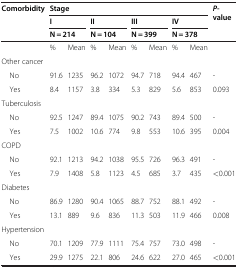
<table><thead><tr><td rowspan="3"><b>Comorbidity</b></td><td colspan="8"><b>Stage</b></td><td rowspan="3"><b><i>P</i>-value</b></td></tr><tr><td colspan="2"><b>I</b></td><td colspan="2"><b>II</b></td><td colspan="2"><b>III</b></td><td colspan="2"><b>IV</b></td></tr><tr><td colspan="2"><b>N = 214</b></td><td colspan="2"><b>N = 104</b></td><td colspan="2"><b>N = 399</b></td><td colspan="2"><b>N = 378</b></td></tr></thead><tbody><tr><td> </td><td>%</td><td>Mean</td><td>%</td><td>Mean</td><td>%</td><td>Mean</td><td>%</td><td>Mean</td><td> </td></tr><tr><td>Other cancer</td><td> </td><td> </td><td> </td><td> </td><td> </td><td> </td><td> </td><td> </td><td> </td></tr><tr><td> No</td><td>91.6</td><td>1235</td><td>96.2</td><td>1072</td><td>94.7</td><td>718</td><td>94.4</td><td>467</td><td>-</td></tr><tr><td> Yes</td><td>8.4</td><td>1157</td><td>3.8</td><td>334</td><td>5.3</td><td>829</td><td>5.6</td><td>853</td><td>0.093</td></tr><tr><td>Tuberculosis</td><td> </td><td> </td><td> </td><td> </td><td> </td><td> </td><td> </td><td> </td><td> </td></tr><tr><td> No</td><td>92.5</td><td>1247</td><td>89.4</td><td>1075</td><td>90.2</td><td>743</td><td>89.4</td><td>500</td><td>-</td></tr><tr><td> Yes</td><td>7.5</td><td>1002</td><td>10.6</td><td>774</td><td>9.8</td><td>553</td><td>10.6</td><td>395</td><td>0.004</td></tr><tr><td>COPD</td><td> </td><td> </td><td> </td><td> </td><td> </td><td> </td><td> </td><td> </td><td> </td></tr><tr><td> No</td><td>92.1</td><td>1213</td><td>94.2</td><td>1038</td><td>95.5</td><td>726</td><td>96.3</td><td>491</td><td>-</td></tr><tr><td> Yes</td><td>7.9</td><td>1408</td><td>5.8</td><td>1123</td><td>4.5</td><td>685</td><td>3.7</td><td>435</td><td>&lt;0.001</td></tr><tr><td>Diabetes</td><td> </td><td> </td><td> </td><td> </td><td> </td><td> </td><td> </td><td> </td><td> </td></tr><tr><td> No</td><td>86.9</td><td>1280</td><td>90.4</td><td>1065</td><td>88.7</td><td>752</td><td>88.1</td><td>492</td><td>-</td></tr><tr><td> Yes</td><td>13.1</td><td>889</td><td>9.6</td><td>836</td><td>11.3</td><td>503</td><td>11.9</td><td>466</td><td>0.008</td></tr><tr><td>Hypertension</td><td> </td><td> </td><td> </td><td> </td><td> </td><td> </td><td> </td><td> </td><td> </td></tr><tr><td> No</td><td>70.1</td><td>1209</td><td>77.9</td><td>1111</td><td>75.4</td><td>757</td><td>73.0</td><td>498</td><td>-</td></tr><tr><td> Yes</td><td>29.9</td><td>1275</td><td>22.1</td><td>806</td><td>24.6</td><td>622</td><td>27.0</td><td>465</td><td>&lt;0.001</td></tr></tbody></table>